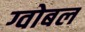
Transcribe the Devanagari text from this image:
ग्वोबल